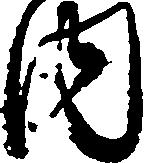
内